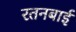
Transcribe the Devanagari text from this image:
रतनबाई